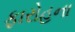
ફારોહના